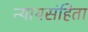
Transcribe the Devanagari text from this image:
न्यायसंहिता